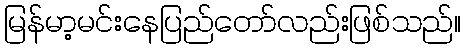
မြန်မာ့မင်းနေပြည်တော်လည်းဖြစ်သည်။